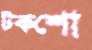
টকশো